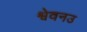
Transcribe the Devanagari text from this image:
श्वेवनउ